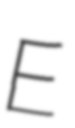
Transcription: E